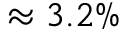
\approx 3 . 2 \%